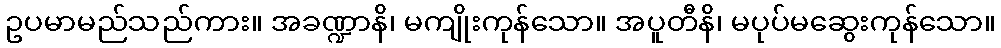
ဥပမာမည်သည်ကား။ အခဏ္ဍာနိ၊ မကျိုးကုန်သော။ အပူတီနိ၊ မပုပ်မဆွေးကုန်သော။